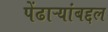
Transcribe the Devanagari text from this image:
पेंढाऱ्यांबद्दल